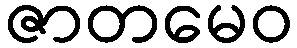
ဇာတမေဝ